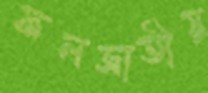
ফলজাতীয়